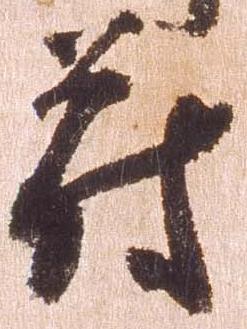
符